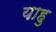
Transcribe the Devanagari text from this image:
याहु